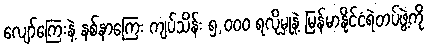
လျော်ကြေးနဲ့ နစ်နာကြေး ကျပ်သိန်း ၅,၀၀၀ ရလိုမှုနဲ့ မြန်မာနိုင်ငံရဲတပ်ဖွဲ့ကို